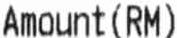
AMOUNT (RM)